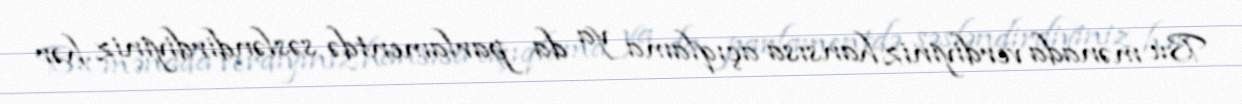
Bu mənada verdiyiniz hansısa açıqlama ya da parlamentdə səsləndirdiyiniz hər